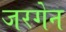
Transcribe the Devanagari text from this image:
जरगेन